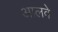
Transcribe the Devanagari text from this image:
आलवे